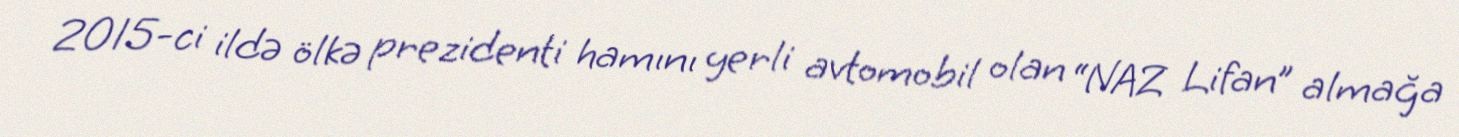
2015-ci ildə ölkə prezidenti hamını yerli avtomobil olan “NAZ Lifan” almağa